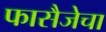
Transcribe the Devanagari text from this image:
फासैजेचा